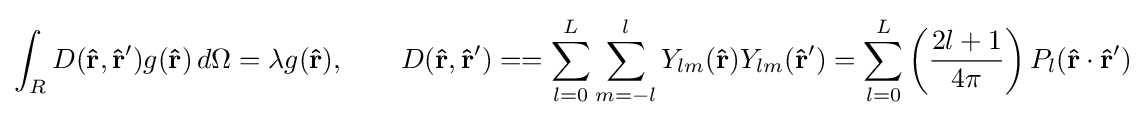
\int _{R}D(\mathbf {\hat {r}} ,\mathbf {\hat {r}} ')g(\mathbf {\hat {r}} )\,d\Omega =\lambda g(\mathbf {\hat {r}} ),\qquad D(\mathbf {\hat {r}} ,\mathbf {\hat {r}} ')==\sum _{l=0}^{L}\sum _{m=-l}^{l}Y_{lm}(\mathbf {\hat {r}} )Y_{lm}(\mathbf {\hat {r}} ')=\sum _{l=0}^{L}\left({\frac {2l+1}{4\pi }}\right)P_{l}(\mathbf {\hat {r}} \cdot \mathbf {\hat {r}} ')